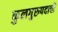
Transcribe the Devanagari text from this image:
कुलगुरुपदाची